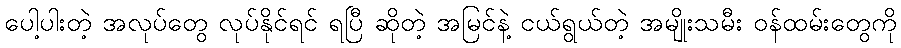
ပေါ့ပါးတဲ့ အလုပ်တွေ လုပ်နိုင်ရင် ရပြီ ဆိုတဲ့ အမြင်နဲ့ ငယ်ရွယ်တဲ့ အမျိုးသမီး ဝန်ထမ်းတွေကို